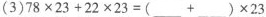
(3)$$7 8 \times 2 3 + 2 2 \times 2 3 = ( ___ + ___ ) \times 2 3$$